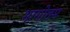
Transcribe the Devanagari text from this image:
भागोतम